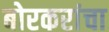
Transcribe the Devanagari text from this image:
बोरकरांचा